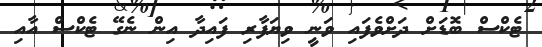
ޓެކްސް ބޮޑަށް ދަށްވެފައި ވަނީ ވިޔަފާރި ފައިދާ އިން ނެގޭ ޓެކްސް އާއި